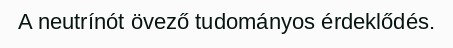
A neutrínót övező tudományos érdeklődés.